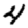
Digit: 4